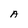
Character: A